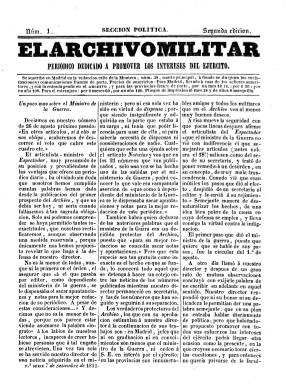
Título: El Archivo militar. Sección política
Colección: Fuerzas armadas
Ámbito geográfico: Madrid
Lugar de publicación: Madrid
Fechas: 07/09/1841-29/03/1842

Semanario (aparece los martes) que comienza a publicarse el siete de septiembre de 1841, siendo una de las dos nuevas cabeceras en las que se escinde el también semanario El archivo militar, que había fundado cinco meses antes Antonio Vallecillo Luján (1807-1880), adoptando la otra cabecera la denominación Sección militar, para la inclusión de textos más estrictamente técnico-militares. Ambas publicaciones compartirán también el mismo subtítulo: “periódico dedicado a promover los intereses del Ejército”.

Esta Sección política, que tendrá también su propia secuencia numérica, será un periódico de tan sólo cuatro páginas, compuesto a tres columnas, en el que aparece también como su editor responsable R.P. de Linares, y abierto claramente a la inclusión de artículos político-militares, a la disputa y la crítica gubernamental. Junto a sus polémicos artículos, inserta también un folletín, algún comunicado remitido y noticias sueltas relativas a disposiciones y sobre el personal del ejército.

En cada entrega insertará uno o dos artículos de fondo de índole político-militar en los que se criticará ampliamente las disposiciones y reformas militares del ministro de la Guerra, el general Evaristo San Miguel (1785-1862), e intentará polemizar con el diario El espectador (1841-1848), que había fundado éste como principal órgano del Partido Progresista y principal aliado del regente y general Baldomero Espartero (1793-1879).

Sus artículos también se referirán a los acontecimientos político-militares que se suceden durante este nuevo trienio progresista (1841-1843), plagado de asonadas castrenses, y en el que el gobierno y el regente se verán aislados frente a la mayor parte de la prensa, que tachará a la Regencia de dictadura militar. De tal forma que este semanario, además de ser crítico con las reformas militares esparteristas, defenderá la libertad de expresión política de los militares.

Tuvo dos ediciones y tras publicar su número 30 y último, el 29 de marzo de 1842, se fundirá, junto al otro semanario publicado bajo la denominación Sección militar, para integrarse de nuevo bajo la cabecera originaria: El archivo militar (1842), que asimismo puede consultarse en esta Hemeroteca Digital.